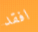
افقد